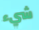
شيء